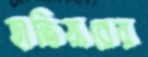
হাতিয়ারের